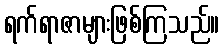
ရက်ရာဇာများဖြစ်ကြသည်။